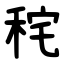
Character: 秺